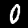
Digit: 0